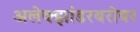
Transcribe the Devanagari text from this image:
अलेक्झांडरबरोबर